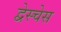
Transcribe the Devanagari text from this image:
द्वेस्चेस